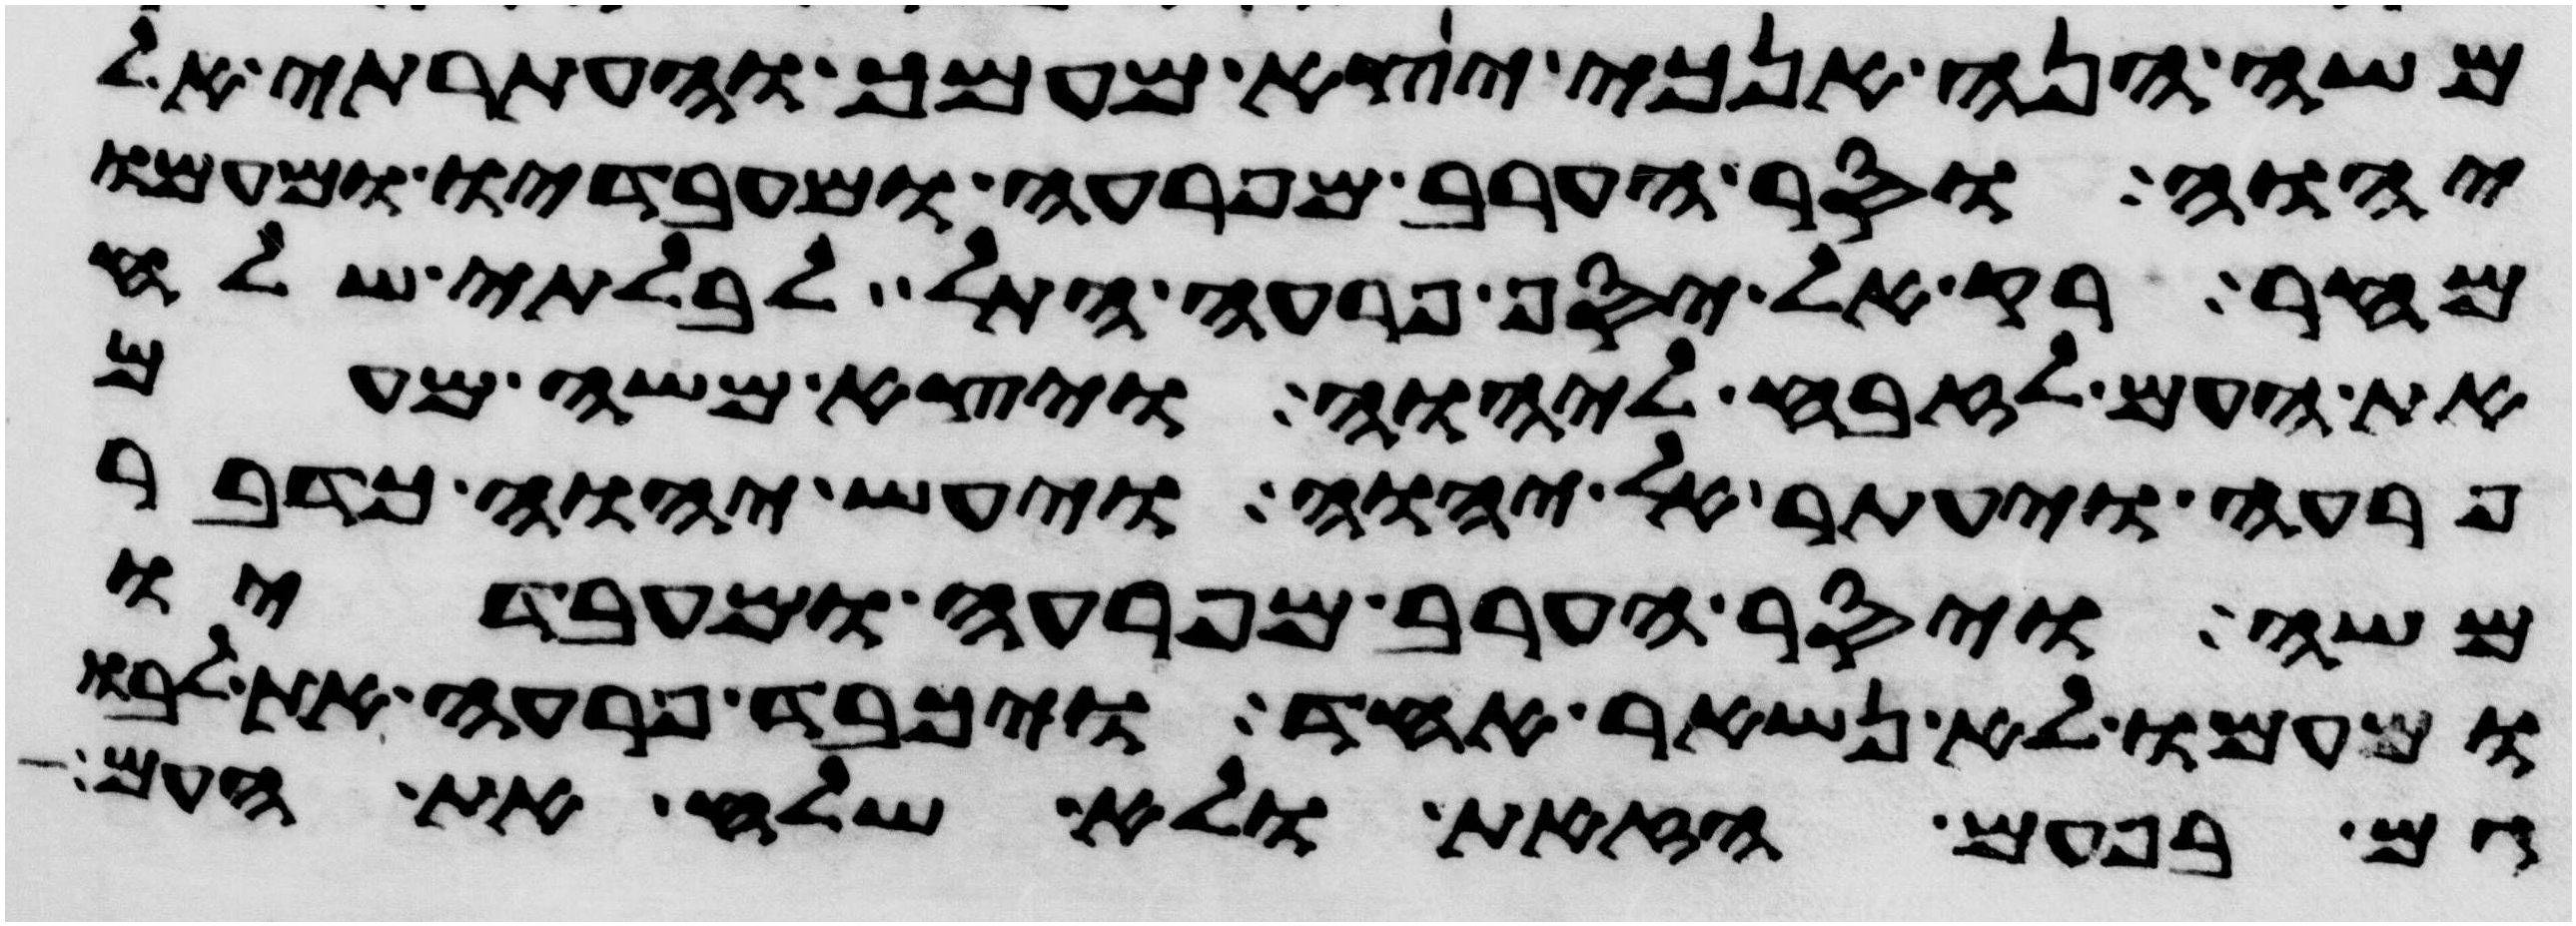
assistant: משה הנה אנכי יצא מעמך והעתרתי אל
יהוה וסר הערב מפרעה ומעבדיו ומעמו
מחר רק אל יסף פרעה התל לבלתי שלח
את העם לזבח ליהוה ויצא משה מעם
פרעה ויעתר אל יהוה ויעש יהוה כדבר
משה ויסר הערב מפרעה ומעבדיו
ומעמו לא נשאר אחד ויכבד פרעה את לבו
גם בפעם הזאת ולא שלח את העם